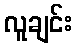
လူချင်း